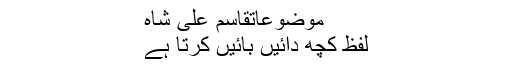
موضوعاتقاسم علی شاہ
لفظ کچھ دائیں بائیں کرتا ہے